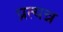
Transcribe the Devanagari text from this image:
प्रत्यन्न